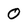
Character: 0